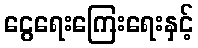
ငွေရေးကြေးရေးနှင့်